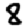
Digit: 8